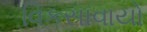
વિકસાવાયો